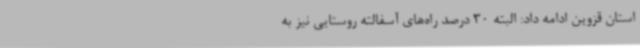
استان قزوین ادامه داد: البته 30 درصد راه‌های آسفالته روستایی نیز به